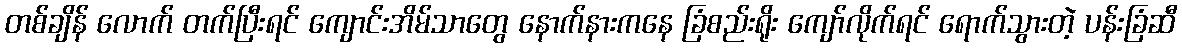
တစ်ချိန် လောက် တက်ပြီးရင် ကျောင်းအိမ်သာတွေ နောက်နားကနေ ခြံစည်းရိုး ကျော်လိုက်ရင် ရောက်သွားတဲ့ ပန်းခြံဆီ